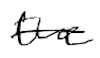
Text: the
Cross-out: single-line
Writing tool: digital_black